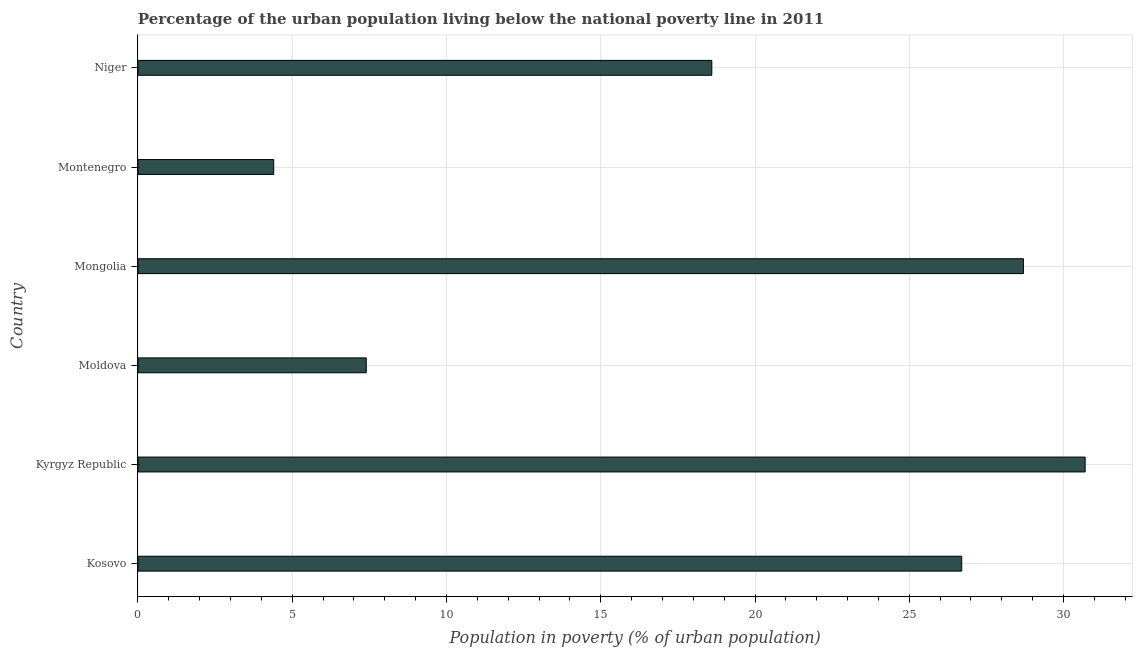
| Country | Urban poverty headcount ratio |
 | --- | --- |
 | Kosovo | 26.7 |
 | Kyrgyz Republic | 30.7 |
 | Moldova | 7.4 |
 | Mongolia | 28.7 |
 | Montenegro | 4.4 |
 | Niger | 18.6 |